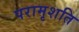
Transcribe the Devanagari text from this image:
परामृशति